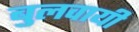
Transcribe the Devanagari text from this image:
बुलवायी